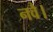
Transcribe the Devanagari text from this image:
नवै।